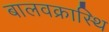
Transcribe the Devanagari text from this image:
बालवक्रास्थि